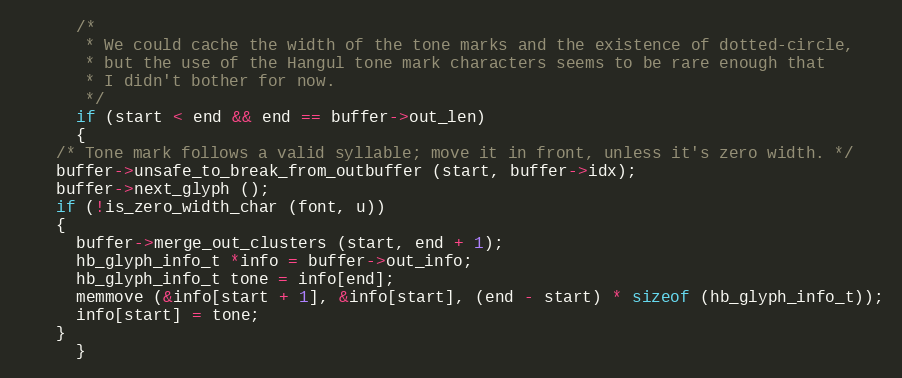
Language: C++
      /*
       * We could cache the width of the tone marks and the existence of dotted-circle,
       * but the use of the Hangul tone mark characters seems to be rare enough that
       * I didn't bother for now.
       */
      if (start < end && end == buffer->out_len)
      {
	/* Tone mark follows a valid syllable; move it in front, unless it's zero width. */
	buffer->unsafe_to_break_from_outbuffer (start, buffer->idx);
	buffer->next_glyph ();
	if (!is_zero_width_char (font, u))
	{
	  buffer->merge_out_clusters (start, end + 1);
	  hb_glyph_info_t *info = buffer->out_info;
	  hb_glyph_info_t tone = info[end];
	  memmove (&info[start + 1], &info[start], (end - start) * sizeof (hb_glyph_info_t));
	  info[start] = tone;
	}
      }